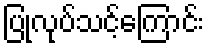
ပြုလုပ်သင့်ကြောင်း